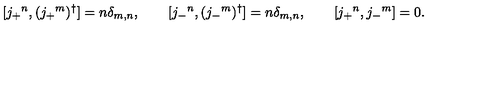
[ j _ { + } { } ^ { n } , ( j _ { + } { } ^ { m } ) ^ { \dagger } ] = n \delta _ { m , n } , \qquad [ j _ { - } { } ^ { n } , ( j _ { - } { } ^ { m } ) ^ { \dagger } ] = n \delta _ { m , n } , \qquad [ j _ { + } { } ^ { n } , j _ { - } { } ^ { m } ] = 0 .